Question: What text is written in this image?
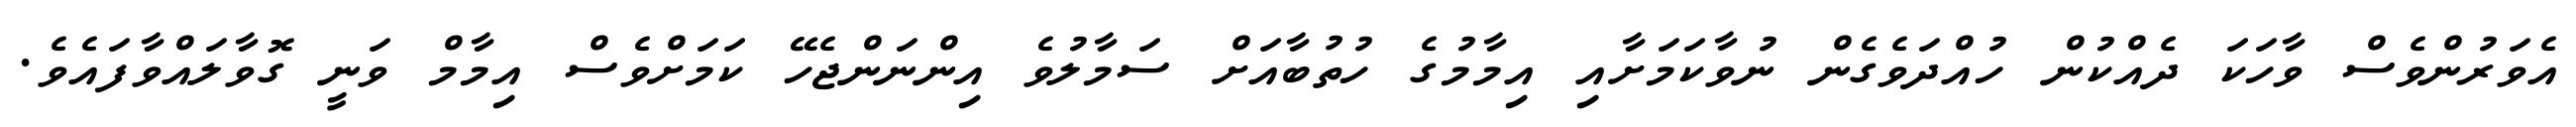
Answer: އެވަރުންވެސް ވާހަކަ ދެއްކުން ހުއްދަވެގެން ނުވާކަމަށާއި އިމާމުގެ ހުތުބާއަށް ސަމާލުވެ އިންނަންޖެހޭ ކަމަށްވެސް އިމާމް ވަނީ ގޮވާލައްވާފައެވެ.